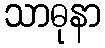
သာဓုနာ